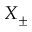
X _ { \pm }